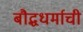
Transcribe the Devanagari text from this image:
बौद्धधर्माची